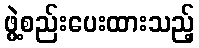
ဖွဲ့စည်းပေးထားသည့်